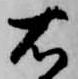
右